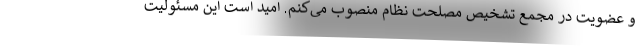
و عضویت در مجمع تشخیص مصلحت نظام منصوب می‌کنم. امید است این مسئولیت